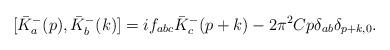
LaTeX: \begin{align*}[ {\bar{K}}^{-}_a(p) , {\bar{K}}^{-}_b(k) ]=if_{abc}{\bar{K}}^{-}_{c}(p+k)-2{\pi}^2 C p{\delta}_{ab}{\delta}_{p+k,0}.\end{align*}